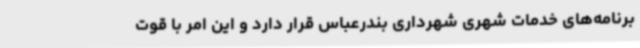
برنامه‌های خدمات شهری شهرداری بندرعباس قرار دارد و این امر با قوت